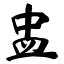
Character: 盅